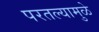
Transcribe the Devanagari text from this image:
परतल्यामुळे